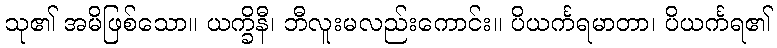
သု၏ အမိဖြစ်သော။ ယက္ခိနီ၊ ဘီလူးမလည်းကောင်း။ ပိယင်္ကရမာတာ၊ ပိယင်္ကရ၏